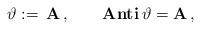
LaTeX: \begin{align*}\vartheta:= \,\mathbf{A} \, ,\qquad\textbf{Anti} \, \vartheta = \mathbf{A} \, ,\end{align*}